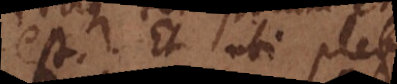
est. Et ubi plebi